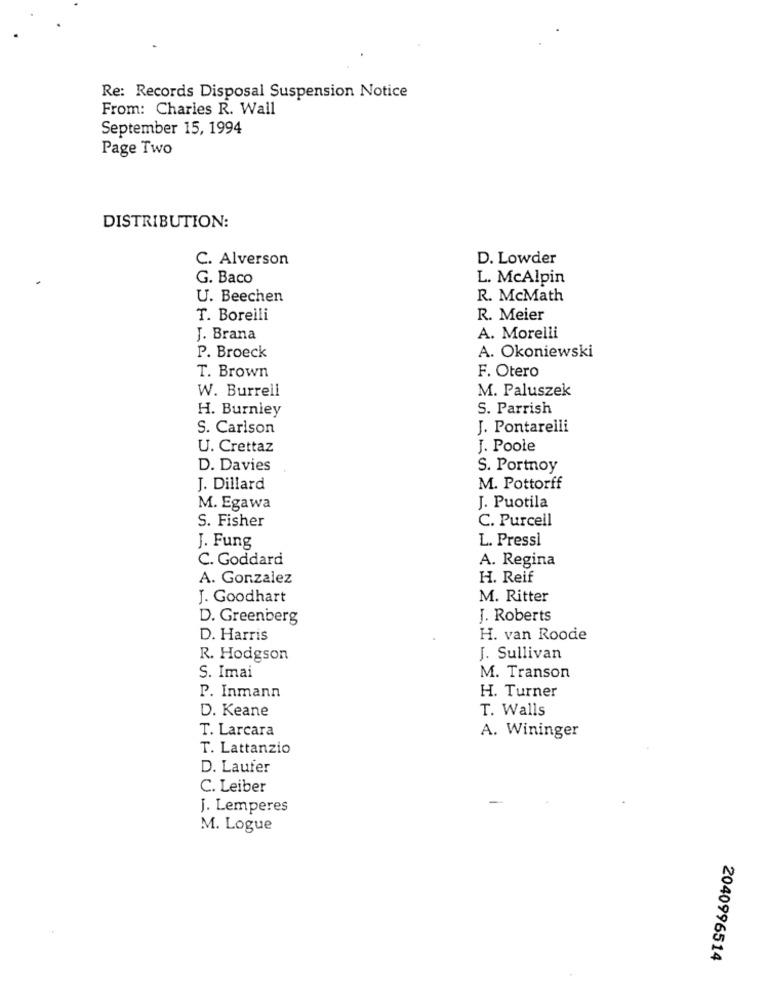
Re: Records Disposal Suspension Notice
From: Charles R. Wall
September 15, 1994
Page Two
DISTRIBUTION:
C. Alverson
D. Lowder
G. Baco
L. McAlpin
U. Beechen
R. McMath
T. Borelli
R. Meier
J. Brana
A. Morelli
A. Okoniewski
P. Broeck
T. Brown
F. Otero
W. Burrell
M. Paluszek
H. Burnley
S. Parrish
S. Carlson
J. Pontarelli
U. Crettaz
J. Poole
D. Davies
S. Portnoy
J. Dillard
M. Pottorff
J. Puotila
M. Egawa
S. Fisher
C. Purcell
L. Pressì
J. Fung
C. Goddard
A. Regina
A. Gonzalez
H. Reif
J. Goodhart
M. Ritter
D. Greenberg
J. Roberts
D. Harris
H. van Roode
R. Hodgson
J. Sullivan
S. Imai
M. Transon
H. Turner
P. Inmann
D. Keane
T. Walls
T. Larcara
A. Wininger
T. Lattanzio
D. Laufer
C. Leiber
J. Lemperes
M. Logue
2040996514